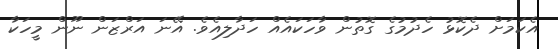
އެކަމަށް ދެކޮޅު ހެދުމުގެ ގޮތުން ވާހަކައެއް ހަދާލިއެވެ. އޭނަ އަރްޒަން ނޫން މީހަކާ